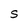
Character: S